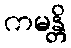
ကမန္တိ